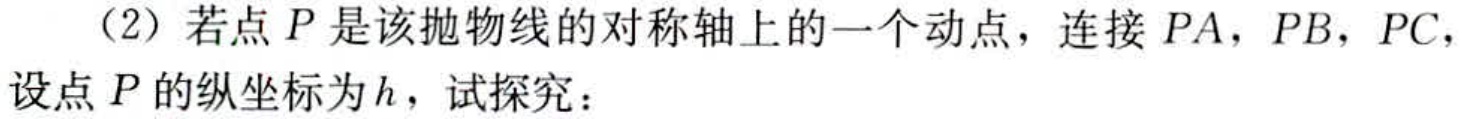
（2）若点\(P\)是该抛物线的对称轴上的一个动点，连接\(PA\)，\(PB\)，\(PC\)，设点\(P\)的纵坐标为\(h\)，试探究：